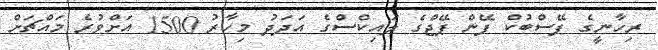
ރިހާނީގެ ފޭސްބުކް ފޭން ޕޭޖްގެ ލައިކްސްގެ އަދަދު މިހާރު 1500 އަށްވުރެ މައްޗަށް